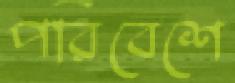
পরিবেশে